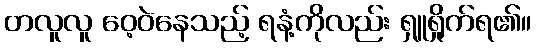
တလူလူ ဝေ့ဝဲနေသည့် ရနံ့ကိုလည်း ရှူရှိုက်ရ၏။